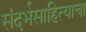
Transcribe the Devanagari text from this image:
संदर्भसाहित्याचा